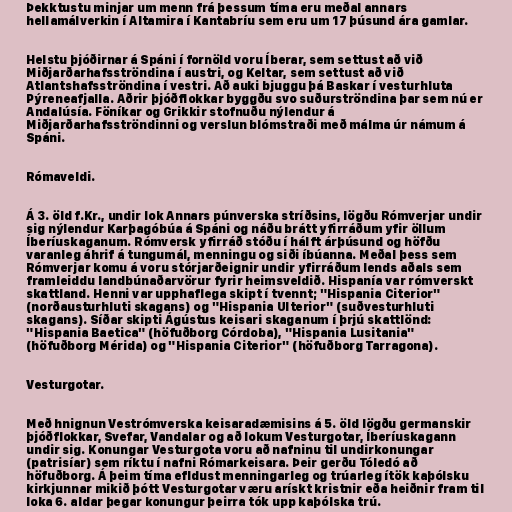
Þekktustu minjar um menn frá þessum tíma eru meðal annars
hellamálverkin í Altamira í Kantabríu sem eru um 17 þúsund ára gamlar.

Helstu þjóðirnar á Spáni í fornöld voru Íberar, sem settust að við
Miðjarðarhafsströndina í austri, og Keltar, sem settust að við
Atlantshafsströndina í vestri. Að auki bjuggu þá Baskar í vesturhluta
Pýreneafjalla. Aðrir þjóðflokkar byggðu svo suðurströndina þar sem nú er
Andalúsía. Föníkar og Grikkir stofnuðu nýlendur á
Miðjarðarhafsströndinni og verslun blómstraði með málma úr námum á
Spáni.

Rómaveldi.

Á 3. öld f.Kr., undir lok Annars púnverska stríðsins, lögðu Rómverjar undir
sig nýlendur Karþagóbúa á Spáni og náðu brátt yfirráðum yfir öllum
Íberíuskaganum. Rómversk yfirráð stóðu í hálft árþúsund og höfðu
varanleg áhrif á tungumál, menningu og siði íbúanna. Meðal þess sem
Rómverjar komu á voru stórjarðeignir undir yfirráðum lends aðals sem
framleiddu landbúnaðarvörur fyrir heimsveldið. Hispanía var rómverskt
skattland. Henni var upphaflega skipt í tvennt; "Hispania Citerior"
(norðausturhluti skagans) og "Hispania Ulterior" (suðvesturhluti
skagans). Síðar skipti Ágústus keisari skaganum í þrjú skattlönd:
"Hispania Baetica" (höfuðborg Córdoba), "Hispania Lusitania"
(höfuðborg Mérida) og "Hispania Citerior" (höfuðborg Tarragona).

Vesturgotar.

Með hnignun Vestrómverska keisaradæmisins á 5. öld lögðu germanskir
þjóðflokkar, Svefar, Vandalar og að lokum Vesturgotar, Íberíuskagann
undir sig. Konungar Vesturgota voru að nafninu til undirkonungar
(patrisíar) sem ríktu í nafni Rómarkeisara. Þeir gerðu Tóledó að
höfuðborg. Á þeim tíma efldust menningarleg og trúarleg ítök kaþólsku
kirkjunnar mikið þótt Vesturgotar væru arískt kristnir eða heiðnir fram til
loka 6. aldar þegar konungur þeirra tók upp kaþólska trú.